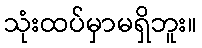
သုံးထပ်မှာမရှိဘူး။